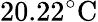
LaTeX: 20.22^{\circ}\mathrm{C}